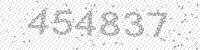
Solution: 454837